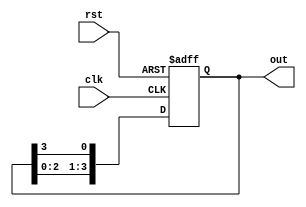
module johnson_counter(
    input clk,
    input rst,
    output reg [3:0] out
);

reg [3:0] state;

always @(posedge clk or posedge rst) begin
    if(rst) begin
        state <= 4'b0000;
    end else begin
        state <= {state[2:0], state[3]};
    end
end

assign out = state;

endmodule